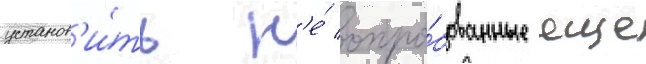
установ'и́ть н'е́ опро́бованные еще